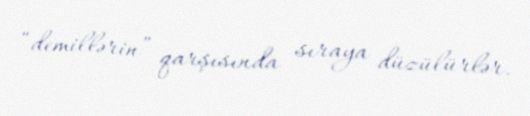
“demillərin” qarşısında sıraya düzülürlər.